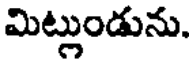
మిట్లుండును.